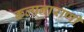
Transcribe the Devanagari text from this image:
कल्पनाराणी